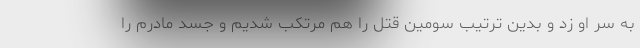
به سر او زد و بدین ترتیب سومین قتل را هم مرتکب شدیم و جسد مادرم را